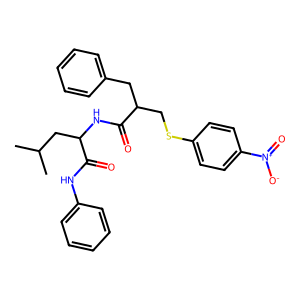
SMILES: CC(C)CC(NC(=O)C(CSc1ccc([N+](=O)[O-])cc1)Cc1ccccc1)C(=O)Nc1ccccc1
Inhibits HIV replication: No